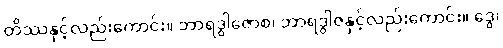
တိဿနှင့်လည်းကောင်း။ ဘာရဒွါဇောစ၊ ဘာရဒွါဇနှင့်လည်းကောင်း။ ဒွေ၊